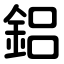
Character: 鋁